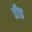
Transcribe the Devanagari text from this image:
तीच्र